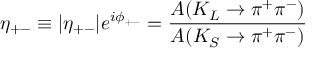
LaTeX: \eta _ { + - } \equiv | \eta _ { + - } | e ^ { i \phi _ { + - } } = \frac { A ( K _ { L } \rightarrow \pi ^ { + } \pi ^ { - } ) } { A ( K _ { S } \rightarrow \pi ^ { + } \pi ^ { - } ) }